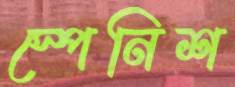
স্পেনিশ